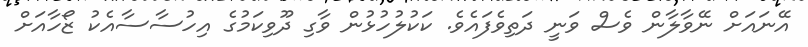
އޭނައަށް ނޭވާލާން ވެސް ވަނީ ދަތިވެފައެވެ. ކަކުލުހުޅުން ވާގި ދޫވިކަމުގެ އިހުސާސާއެކު ޒޯހާއަށް